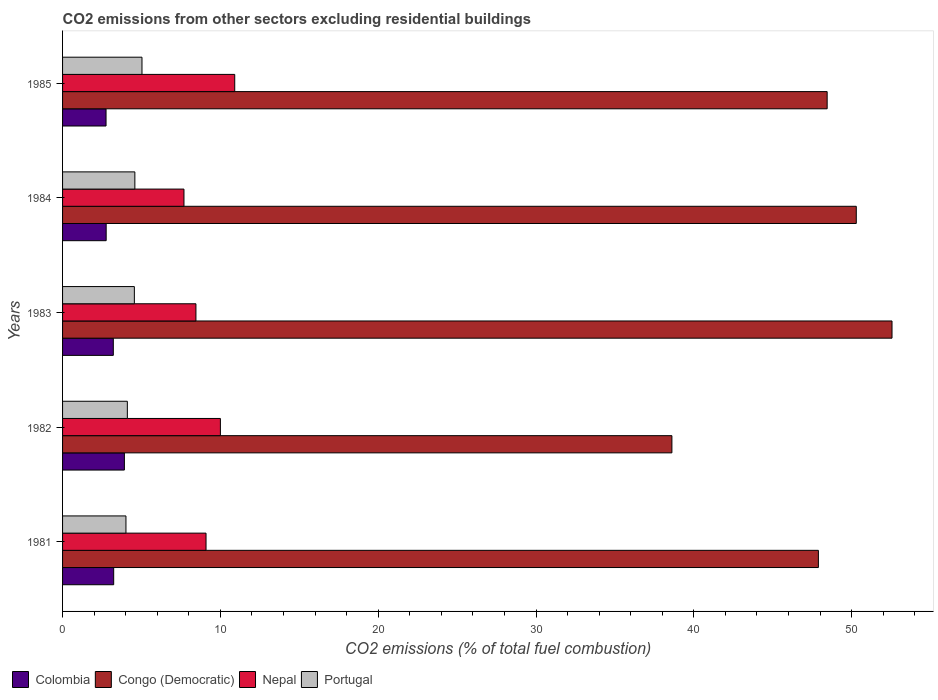
| Years | Colombia | Congo (Democratic) | Nepal | Portugal |
 | --- | --- | --- | --- | --- |
 | 1981 | 3.24 | 47.9 | 9.09 | 4.02 |
 | 1982 | 3.92 | 38.6 | 10 | 4.1 |
 | 1983 | 3.22 | 52.6 | 8.45 | 4.55 |
 | 1984 | 2.76 | 50.3 | 7.69 | 4.58 |
 | 1985 | 2.75 | 48.4 | 10.9 | 5.03 |